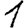
Digit: 1